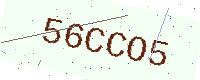
Text: 56CCO5